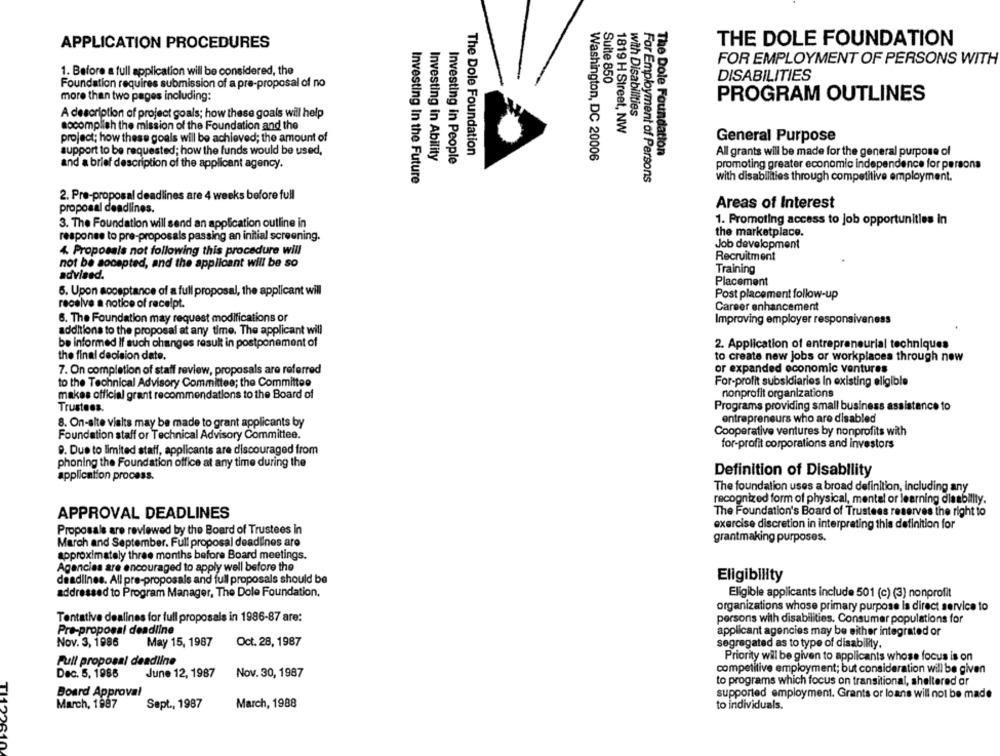
APPLICATION PROCEDURES
THE DOLE FOUNDATION
FOR EMPLOYMENT OF PERSONS WITH
1. Before a full application will be considered, the
Foundation requires submission of a pre-proposal of no
Suite 850
DISABILITIES
more than two pages including:
PROGRAM OUTLINES
A description of project goals; how these goals will help
with Disabilities
socomplish the mission of the Foundation and the
1819 H Street, NW
General Purpose
project; how these goals will be achieved; the amount of
support to be requested; how the funds would be used,
The Dole Foundation
The Dole Foundation
All grants will be made for the general purpose of
Investing in Ability
Washington, DC 20006
and a brief description of the applicant agency.
Investing in People
promoting greater economic independence for persons
Investing In the Future
For Employment of Persons
with disabilities through competitive employment.
2. Pre-proposal deadlines are 4 weeks before full
Areas of Interest
proposal deadlines.
3. The Foundation will send an application outline in
1. Promoting access to job opportunities in
the marketplace.
response to pre-proposals passing an initial screening.
Job development
4. Proposals not following this procedure will
Recruitment
not be aocepted, and the applicant will be so
Training
advised.
Placement
6. Upon acceptance of a full proposal, the applicant will
Post placement follow-up
receive a notice of receipt.
Career enhancement
6. The Foundation may request modifications or
Improving employer responsiveness
additions to the proposal at any time. The applicant will
be informed If such changes result in postponement of
2. Application of entrepreneurial techniques
the final decision date.
to create new jobs or workplaces through new
7. On completion of staff review, proposals are referred
or expanded economic ventures
to the Technical Advisory Committee; the Committee
For-profit subsidiaries in existing eligible
makes official grant recommendations to the Board of
nonprofit organizations
Trustees.
Programs providing small business assistance to
8. On-alte visits may be made to grant applicants by
entrepreneurs who are disabled
Cooperative ventures by nonprofits with
Foundation staff or Technical Advisory Committee.
for-profit corporations and investors
9. Due to limited staff, applicants are discouraged from
phoning the Foundation office at any time during the
application process.
Definition of Disability
The foundation uses a broad definition, including any
recognized form of physical, mental or learning diasbillty.
APPROVAL DEADLINES
The Foundation's Board of Trustees reserves the right to
exercise discretion in interpreting this definition for
Proposals are reviewed by the Board of Trustees in
March and September. Full proposal deadlines are
grantmaking purposes.
approximately three months before Board meetings.
Agencies are encouraged to apply well before the
deadlines. All pre-proposals and full proposals should be
Eligibility
addressed to Program Manager, The Dole Foundation,
Eligible applicants include 501 (c) (3) nonprofit
organizations whose primary purpose la direct service to
Tentative dealines for full proposals in 1986-87 are:
persons with disabilities. Consumer populations for
Pre-proposal deadline
applicant agencies may be either integrated or
Nov. 3, 1986
May 15, 1987
Oct. 28, 1987
segregated as to type of disability.
Priority will be given to applicants whose focus is on
Full proposal deadline
Dec. 5, 1986
June 12, 1987
Nov. 30, 1987
competitive employment; but consideration will be given
to programs which focus on transitional, sheltered or
TI
Board Approval
supported employment. Grants or loans will not be made
March, 1987
March, 1988
Sept ., 1987
to individuals.
40